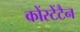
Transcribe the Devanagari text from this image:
कोंस्टेंटैन